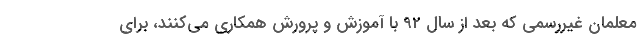
معلمان غیررسمی که بعد از سال 92 با آموزش و پرورش همکاری می‌کنند، برای